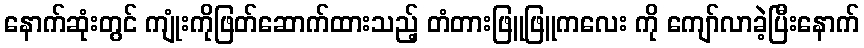
နောက်ဆုံးတွင် ကျုံးကိုဖြတ်ဆောက်ထားသည့် တံတားဖြူဖြူကလေး ကို ကျော်လာခဲ့ပြီးနောက်